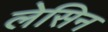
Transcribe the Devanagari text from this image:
लेसिन